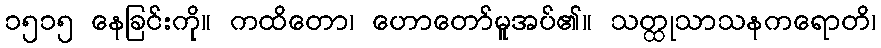
၁၅၁၅ နေခြင်းကို။ ကထိတော၊ ဟောတော်မူအပ်၏။ သတ္ထုသာသနကရောတိ၊